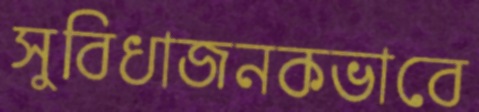
সুবিধাজনকভাবে